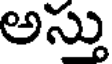
అస్సు